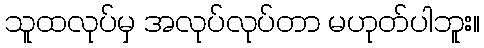
သူထလုပ်မှ အလုပ်လုပ်တာ မဟုတ်ပါဘူး။